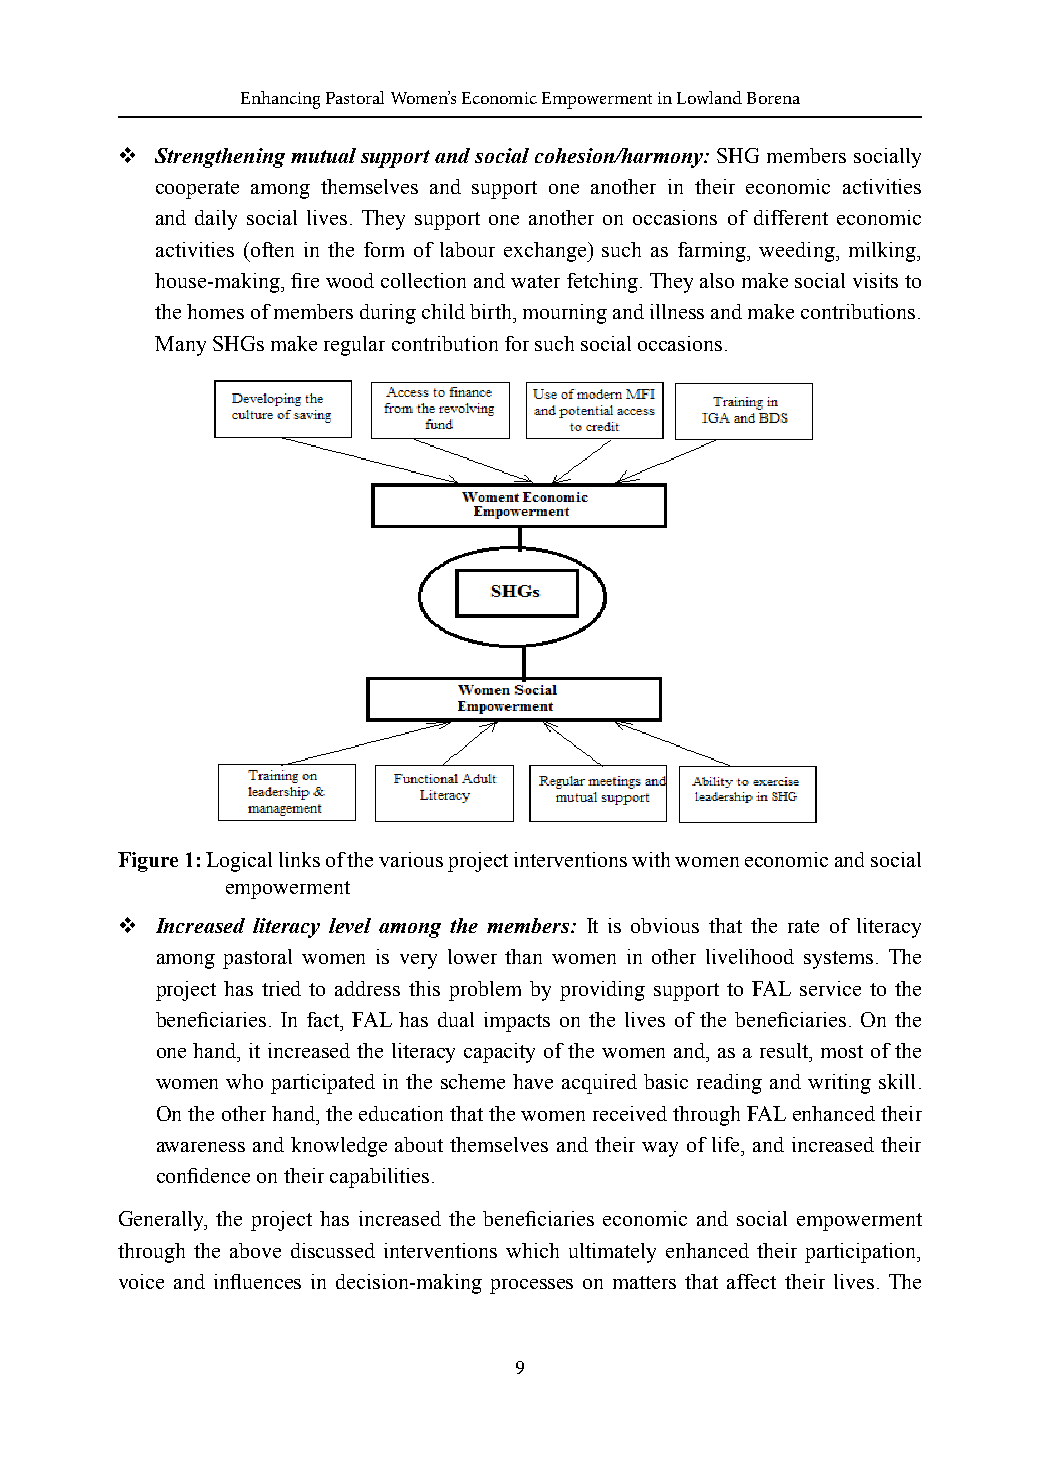
Enhancing Pastoral Women’s Economic Empowerment in Lowland Borena
  Strengthening mutual support and social cohesion/harmony: SHG members socially
 cooperate among themselves and support one another in their economic activities
 and daily social lives. They support one another on occasions of different economic
 activities (often in the form of labour exchange) such as farming, weeding, milking,
 house-making, fire wood collection and water fetching. They also make social visits to
 the homes of members during child birth, mourning and illness and make contributions.
 Many SHGs make regular contribution for such social occasions.
 Figure 1: Logical links of the various project interventions with women economic and social
 empowerment
  Increased literacy level among the members: It is obvious that the rate of literacy
 among pastoral women is very lower than women in other livelihood systems. The
 project has tried to address this problem by providing support to FAL service to the
 beneficiaries. In fact, FAL has dual impacts on the lives of the beneficiaries. On the
 one hand, it increased the literacy capacity of the women and, as a result, most of the
 women who participated in the scheme have acquired basic reading and writing skill.
 On the other hand, the education that the women received through FAL enhanced their
 awareness and knowledge about themselves and their way of life, and increased their
 confidence on their capabilities.
 Generally, the project has increased the beneficiaries economic and social empowerment
 through the above discussed interventions which ultimately enhanced their participation,
 voice and influences in decision-making processes on matters that affect their lives. The
 9